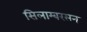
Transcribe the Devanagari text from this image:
सिलाम्बरसन